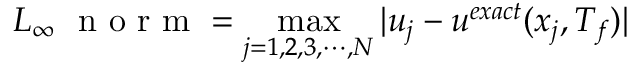
L _ { \infty } \, \, \mathrm { ~ n ~ o ~ r ~ m ~ } = \operatorname* { m a x } _ { j = 1 , 2 , 3 , \cdots , N } | u _ { j } - u ^ { e x a c t } ( x _ { j } , T _ { f } ) |